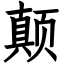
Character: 颠